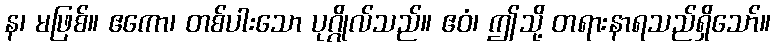
န၊ မဖြစ်။ ဧကော၊ တစ်ပါးသော ပုဂ္ဂိုလ်သည်။ ဧဝံ၊ ဤသို့ တရားနာရသည်ရှိသော်။